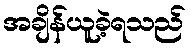
အချိန်ယူခဲ့ရသည်